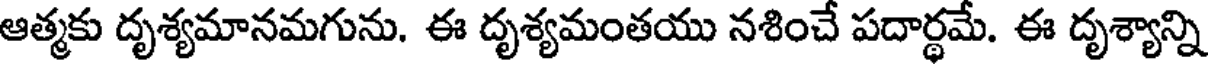
ఆత్మకు దృశ్యమానమగును. ఈ దృశ్యమంతయు నశించే పదార్థమే. ఈ దృశ్యాన్ని